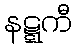
နဋ္ဋကီ